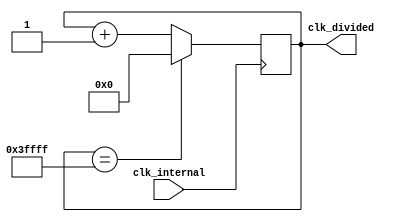
module divided_frequecy (
    input clk_internal,
    output reg [17:0] clk_divided
);

   
    /* RECEBER UMA ONDA QUADRTICA DE 50 Mhz E CONVERTER PARA APROXIMADAMENTE 190 hz*/    
    initial begin
        clk_divided = 18'd0;            // INICIAR CONTADOR;
    end
   
    always @ (posedge clk_internal) begin   // DETECTOR DE BORDA DE SUBIDA;
   
        clk_divided <= clk_divided + 1'b1;  // VALOR ATUAL ARMAZENADO NO FLIP-FLOP "D" MAIS UM BIT;
       
        if (clk_divided == 18'h3FFFF) begin        // CONTROLAR OVERFLOW;
            clk_divided <= 18'h0;                  // RESETAR PARA O VALOR INICIAL;
        end
    end  
    
endmodule